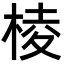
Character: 棱